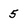
Character: 5